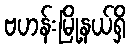
ဗဟန်းမြို့နယ်ရှိ